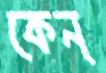
কেন্